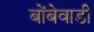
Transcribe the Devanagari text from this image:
बोंबेवाडी